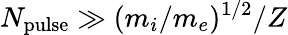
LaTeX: N_{\mathrm{pulse}}\gg(m_{i}/m_{e})^{1/2}/Z